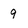
Character: 9